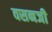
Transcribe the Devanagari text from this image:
वसनजी